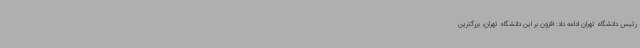
رئیس دانشگاه تهران ادامه داد: افزون بر این دانشگاه تهران، بزرگترین